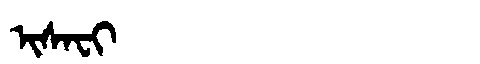
Manchu: ᡳᠰᠠᠸᡳ
Romanization: ISAFI